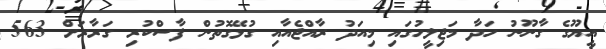
އީޔޫގެ ގާނޫނު ހަދާ މަޖިލީހުގައި މިއަދު ރާއްޖެއާއި ގުޅޭގޮތުން ފާސްކުރި ގަރާރަށް 563